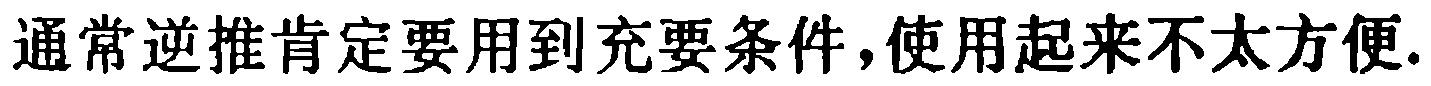
通常逆推肯定要用到充要条件,使用起来不太方便.